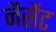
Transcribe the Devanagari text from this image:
नैसेंट